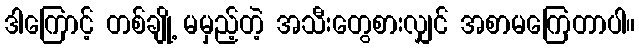
ဒါကြောင့် တစ်ချို့ မမှည့်တဲ့ အသီးတွေစားလျှင် အစာမကြေတာပါ။